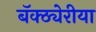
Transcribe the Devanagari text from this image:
बॅक्ठ्येरीया